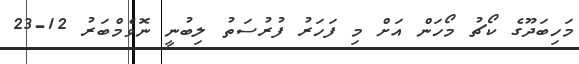
މަހިބަދޫގެ ކޯޗު މޯހަން އަށް މި ފަހަރު ފުރުސަތު ލިބުނީ ނޮވެމްބަރު 12-23